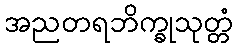
အညတရဘိက္ခုသုတ္တံ